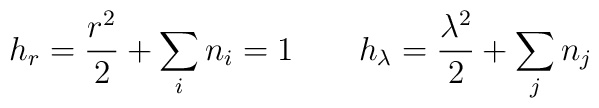
h_{r} = \frac{r^{2}}{2} + \sum_{i} n_{i} = 1 ~~~~~~h_{\lambda} = \frac{\lambda^{2}}{2} + \sum_{j} n_{j}